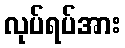
လုပ်ရပ်အား